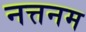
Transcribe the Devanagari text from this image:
नत्तनम